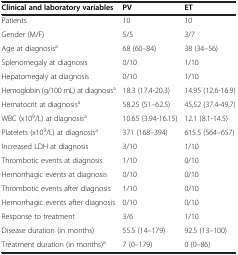
| Clinical and laboratory variables | PV | ET |
 | --- | --- | --- |
 | Patients | 10 | 10 |
 | Gender (M/F) | 5/5 | 3/7 |
 | Age at diagnosisa | 68 (60–84) | 38 (34–56) |
 | Splenomegaly at diagnosis | 0/10 | 1/10 |
 | Hepatomegaly at diagnosis | 0/10 | 1/10 |
 | Hemoglobin (g/100 mL) at diagnosisa | 18.3 (17.4-20.3) | 14.95 (12.6-16.9) |
 | Hematocrit at diagnosisa | 58.25 (51–62.5) | 45,52 (37.4-49,7) |
 | WBC (x109/L) at diagnosisa | 10.65 (3.94-16.15) | 12.1 (8.1-14.5) |
 | Platelets (x109/L) at diagnosisa | 371 (168–394) | 615.5 (564–657) |
 | Increased LDH at diagnosis | 3/10 | 1/10 |
 | Thrombotic events at diagnosis | 1/10 | 0/10 |
 | Hemorrhagic events at diagnosis | 0/10 | 0/10 |
 | Thrombotic events after diagnosis | 1/10 | 0/10 |
 | Hemorrhagic events after diagnosis | 0/10 | 0/10 |
 | Response to treatment | 3/6 | 1/10 |
 | Disease duration (in months) | 55.5 (14–179) | 92.5 (13–100) |
 | Treatment duration (in months)a | 7 (0–179) | 0 (0–86) |